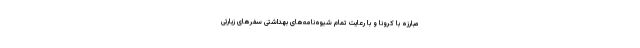
مبارزه با کرونا و با رعایت تمام شیوه‌نامه‌های بهداشتی سفرهای زیارتی